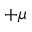
+ \mu